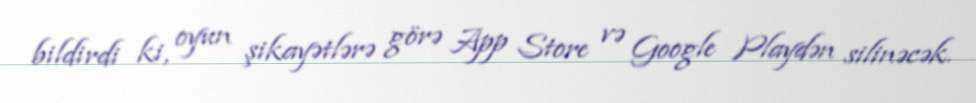
bildirdi ki, oyun şikayətlərə görə App Store və Google Playdən silinəcək.